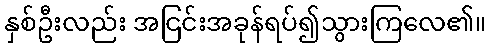
နှစ်ဦးလည်း အငြင်းအခုန်ရပ်၍သွားကြလေ၏။